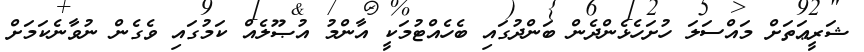
ޝަރީޢަތަށް މައްސަލަ ހުށަހެޅެންދެން ބަންދުގައި ބެހެއްޓުމަކީ އާންމު އުޞޫލެއް ކަމުގައި ވެގެން ނުވާނެކަމަށް